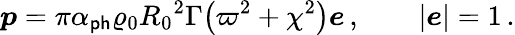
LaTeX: {\boldsymbol{p}}=\pi\alpha_{\sf ph}\varrho_{0}{R_{0}}^{2}\Gamma\bigl(\varpi^{2}+\chi^{2}\bigr){\boldsymbol{e}}\, ,\qquad|{\boldsymbol{e}}|=1\, .